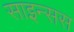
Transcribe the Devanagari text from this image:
साइन्सस